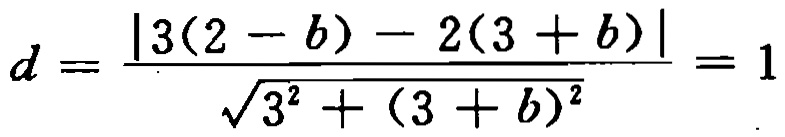
\(d = \frac{|3(2 - b) - 2(3 + b)|}{\sqrt{3^{2} + (3 + b)^{2}}} = 1\)